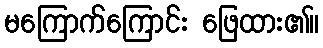
မကြောက်ကြောင်း ဖြေထား၏။